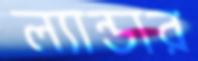
ল্যান্ডার